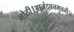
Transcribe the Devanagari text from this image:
मोठी।आनंदवनभुवनी।।